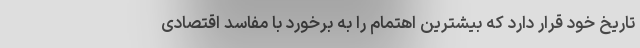
تاریخ خود قرار دارد که بیشترین اهتمام را به برخورد با مفاسد اقتصادی